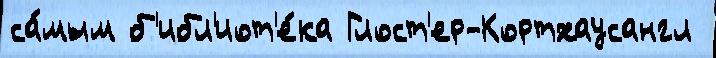
са́мым б'ибл'иот'е́ка Глост'ер-Кортхаусангл